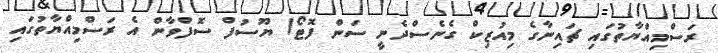
ރަސްމިއްޔާތުގައި ޗައިނާގެ މިއުޒިކް ގެނެސްދެނީ ސަން ފޮޓޯ/ ޔޫސުފް ސޮފްވާން އެ ރަސްމިއްޔާތުގައި